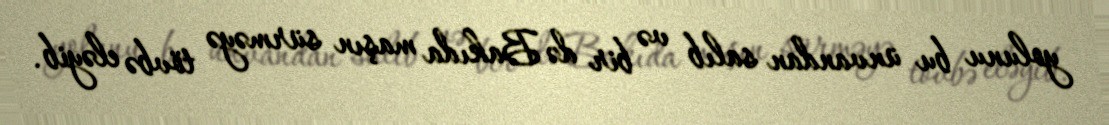
yolunu bu ünvandan salıb və bir də Bakıda maşın sürməyə tövbə eləyib.